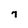
Character: 7